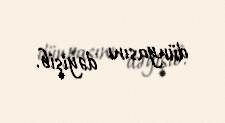
dünyasını dəyişib.